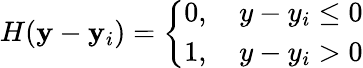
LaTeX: H(\mathbf{y}-\mathbf{y}_{i})=\left\{ \begin{array}{ll}{0,\quad y-y_{i}\leq 0}\\ {1,\quad y-y_{i}>0}\end{array}\right.